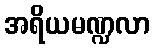
အရိယမဏ္ဍလာ